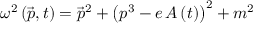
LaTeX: \omega ^ { 2 } \left( \vec { p } , t \right) = \vec { p } ^ { 2 } + \left( p ^ { 3 } - e \, A \left( t \right) \right) ^ { 2 } + m ^ { 2 }